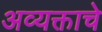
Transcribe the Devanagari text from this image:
अव्यक्ताचे